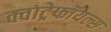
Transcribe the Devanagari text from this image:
क्वाट्रेफॉयल्स